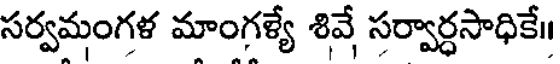
సర్వమంగళ మాంగళ్యే శివే సర్వార్ధసాధికే॥